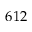
6 1 2